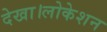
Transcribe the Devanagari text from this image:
देखा।लोकेशन